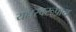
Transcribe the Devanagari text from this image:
यक्षस्वरूपाय